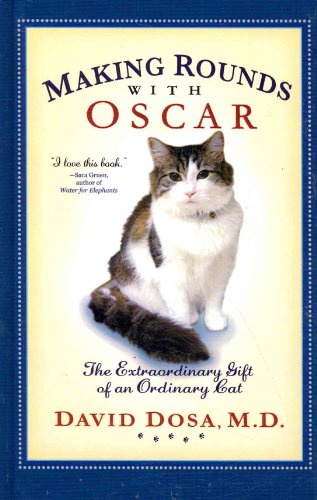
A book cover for Making Rounds with Oscar: The Extraordinary Gift of an Ordinary Cat (Thorndike Nonfiction); M.D.   David Dosa; Crafts, Hobbies & Home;